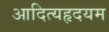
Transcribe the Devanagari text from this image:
आदित्यहृदयम